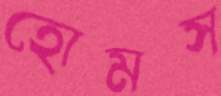
হোমস